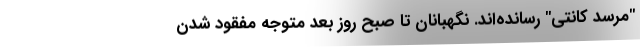
"مرسد کانتی" رسانده‌اند. نگهبانان تا صبح روز بعد متوجه مفقود شدن